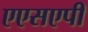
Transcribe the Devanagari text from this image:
एएसएपी